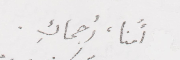
أُمنا، رُحماكِ.